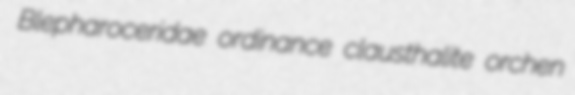
Blepharoceridae ordinance clausthalite orchen